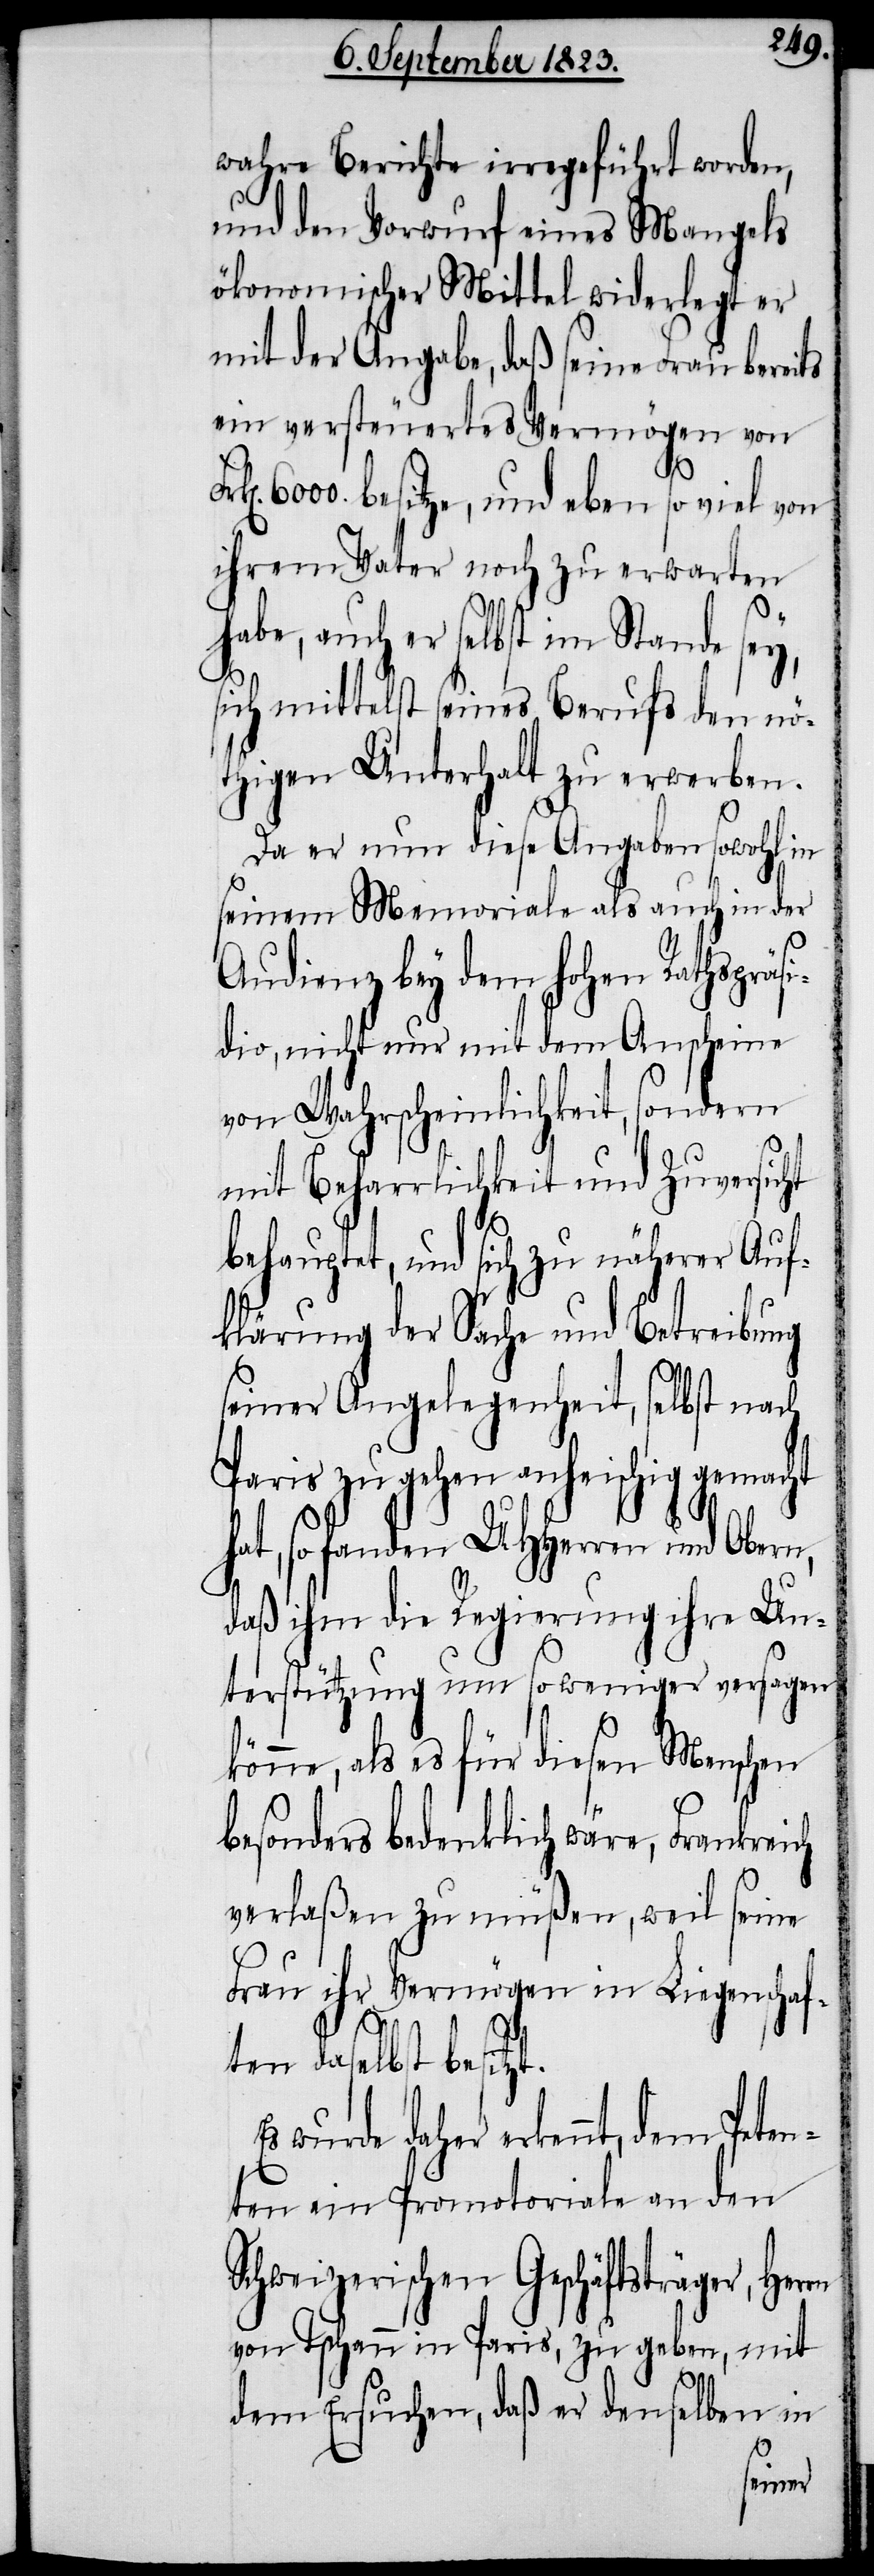
wahre Berichte irregeführt worden,
und den Vorwurf eines Mangels
ökonomischer Mittel widerlegt er
mit der Angabe, daß seine Frau bereits
ein versteuertes Vermögen von
6000. besitze, und eben so viel von
ihrem Vater noch zu erwarten
habe, auch er selbst im Stande sey,
sich mittelst seines Berufs den nö¬
thigen Unterhalt zu erwerben.
Da er nun diese Angaben sowohl in
seinem Memoriale als auch in der
Audienz bey dem hohen Rathspräsi¬
dio, nicht nur mit dem Anscheine
von Wahrscheinlichkeit, sondern
mit Beharrlichkeit und Zuversicht
behauptet, und sich zu näherer Auf¬
klärung der Sache und Betreibung
seiner Angelegenheit, selbst nach
Paris zu gehen anheischig gemacht
hat, so fanden UHHerren und Obern,
daß ihm die Regierung ihre Un¬
terstützung um so weniger versagen
könne, als es für diesen Menschen
besonders bedenklich wäre, Frankreich
verlaßen zu müßen, weil seine
Frau ihr Vermögen in Liegenschaf¬
ten daselbst besitzt.
wurde daher erkennt, dem Peten¬
ten ein Promotoriale an den
Schweizerischen Geschäftsträger, Her¬
von Tschann in Paris, zu geben, mit
rn
dem Ersuchen, daß er denselben in